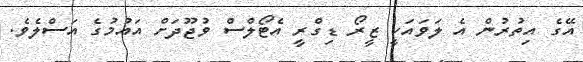
އޭގެ އިތުރުން އެ ލަވައަކީ ޒީރޯ ޑިގްރީ އެޓޯލްސް ވުޖޫދަށް އައުމުގެ އަސްލެވެ.